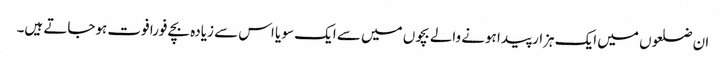
ان ضلعوں میں ایک ہزار پیدا ہونے والے بچوں میں سے ایک سو یا اس سے زیادہ بچے فورا فوت ہوجاتے ہیں۔